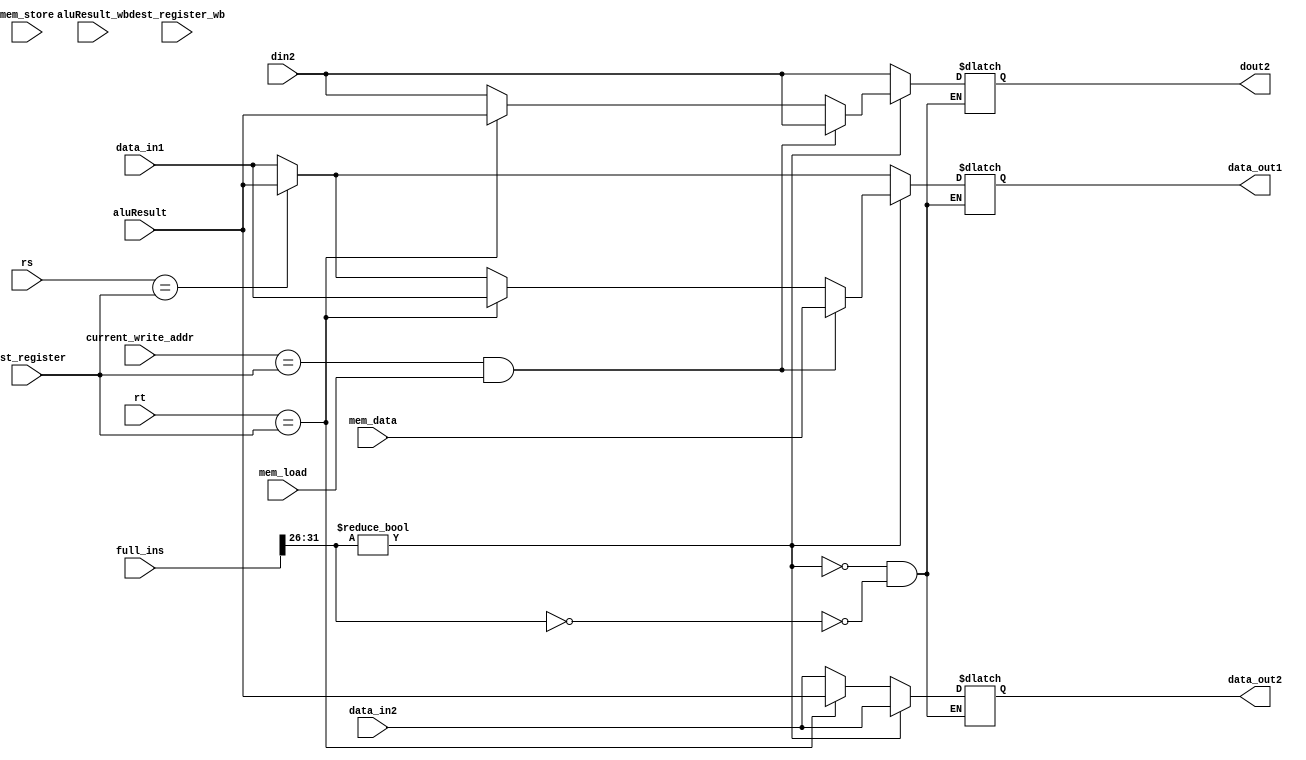
module data_forwarding(

	//Inputs: 
	//Destination register (rd) of instruction in EX/MEM pipeline
	//Read registers (rs and rt) of instruction behind (ID/EX) pipeline
	
	
	//Data lines going into alu
	input [31:0] data_in1,
	input [31:0] data_in2,
	
	//Register address of data_in1 and data_in2
	input [4:0] rs,
	input [4:0] rt,
	
	//ALU result and destination register from instruction ahead
	input [31:0] aluResult,
	input [4:0] dest_register,
	
	//ALU result and dest register from instruction ahead + 1
	input [31:0] aluResult_wb,
	input [4:0] dest_register_wb,
	
	//The full instruction, to determine instruction type
	input [31:0] full_ins,
	
	input [31:0] mem_data,
	input [4:0] current_write_addr,
	input mem_load,
	input [31:0] din2,
	input mem_store,
	
	
	
	//Outputs:
	//Forward ALU result of first instruction if neccassary 
	
	//Data output to alu, with changed values if neccassary
	output reg [31:0] data_out1,
	output reg [31:0] data_out2,
	output reg [31:0] dout2


);

wire [5:0] opcode;
assign opcode = full_ins[31:26];

always begin
if (opcode == 0) begin
	//Bug: Code enclosed in parentheses should be able to run and then afterwards we have a default case
	//Default case:
	data_out1 = data_in1;
	data_out2 =  data_in2;
	dout2 = din2;
	//----------------
	if (rs == dest_register) begin //if we are about to write a new value to one of the next operations calculation registers
		//Foward the alu result to rs (data_out1)
		data_out1 = aluResult;
		//data_out2 =  data_in2;
		
	end
	if (rt == dest_register) begin
		//Foward the alu result to rt (data_out2)
		//data_out1 = data_in1;
		data_out2 = aluResult;
		
	end
	//-----------------
end
	
if (opcode != 0) begin
		//If write address of instruction ahead is same as our dest register, grab the value
		if(current_write_addr == dest_register && mem_load) begin //If we just loaded data to this register, grab it
			data_out1 = mem_data;
			data_out2 =  data_in2;
			dout2 = din2;
		end
		//if register address we got dout2 from (rt) is same as reg address we just wrote to, grab updated value
		else if(rt == dest_register) begin
			dout2 = aluResult;
			data_out1 = data_in1;
			data_out2 =  data_in2;
		end
		
		//need to recalculate offset on storeword, if register is modified
		else if (rs == dest_register) begin //if register we are storing in (rs) + offset was modified, we need to send new value to alu
			data_out1 = aluResult;
			data_out2 =  data_in2;
			dout2 = din2;
		end
		
		else begin
			//Most cases we have no issue, just forward the outputs
			data_out1 = data_in1;
			data_out2 =  data_in2;
			dout2 = din2;
		end
end
	
end
endmodule